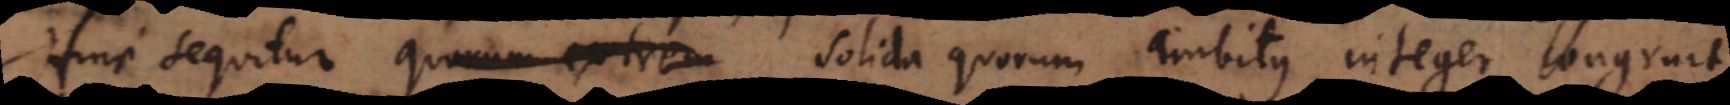
Hinc sequitur quorum extrem solida quorum ambitus integer congruit,